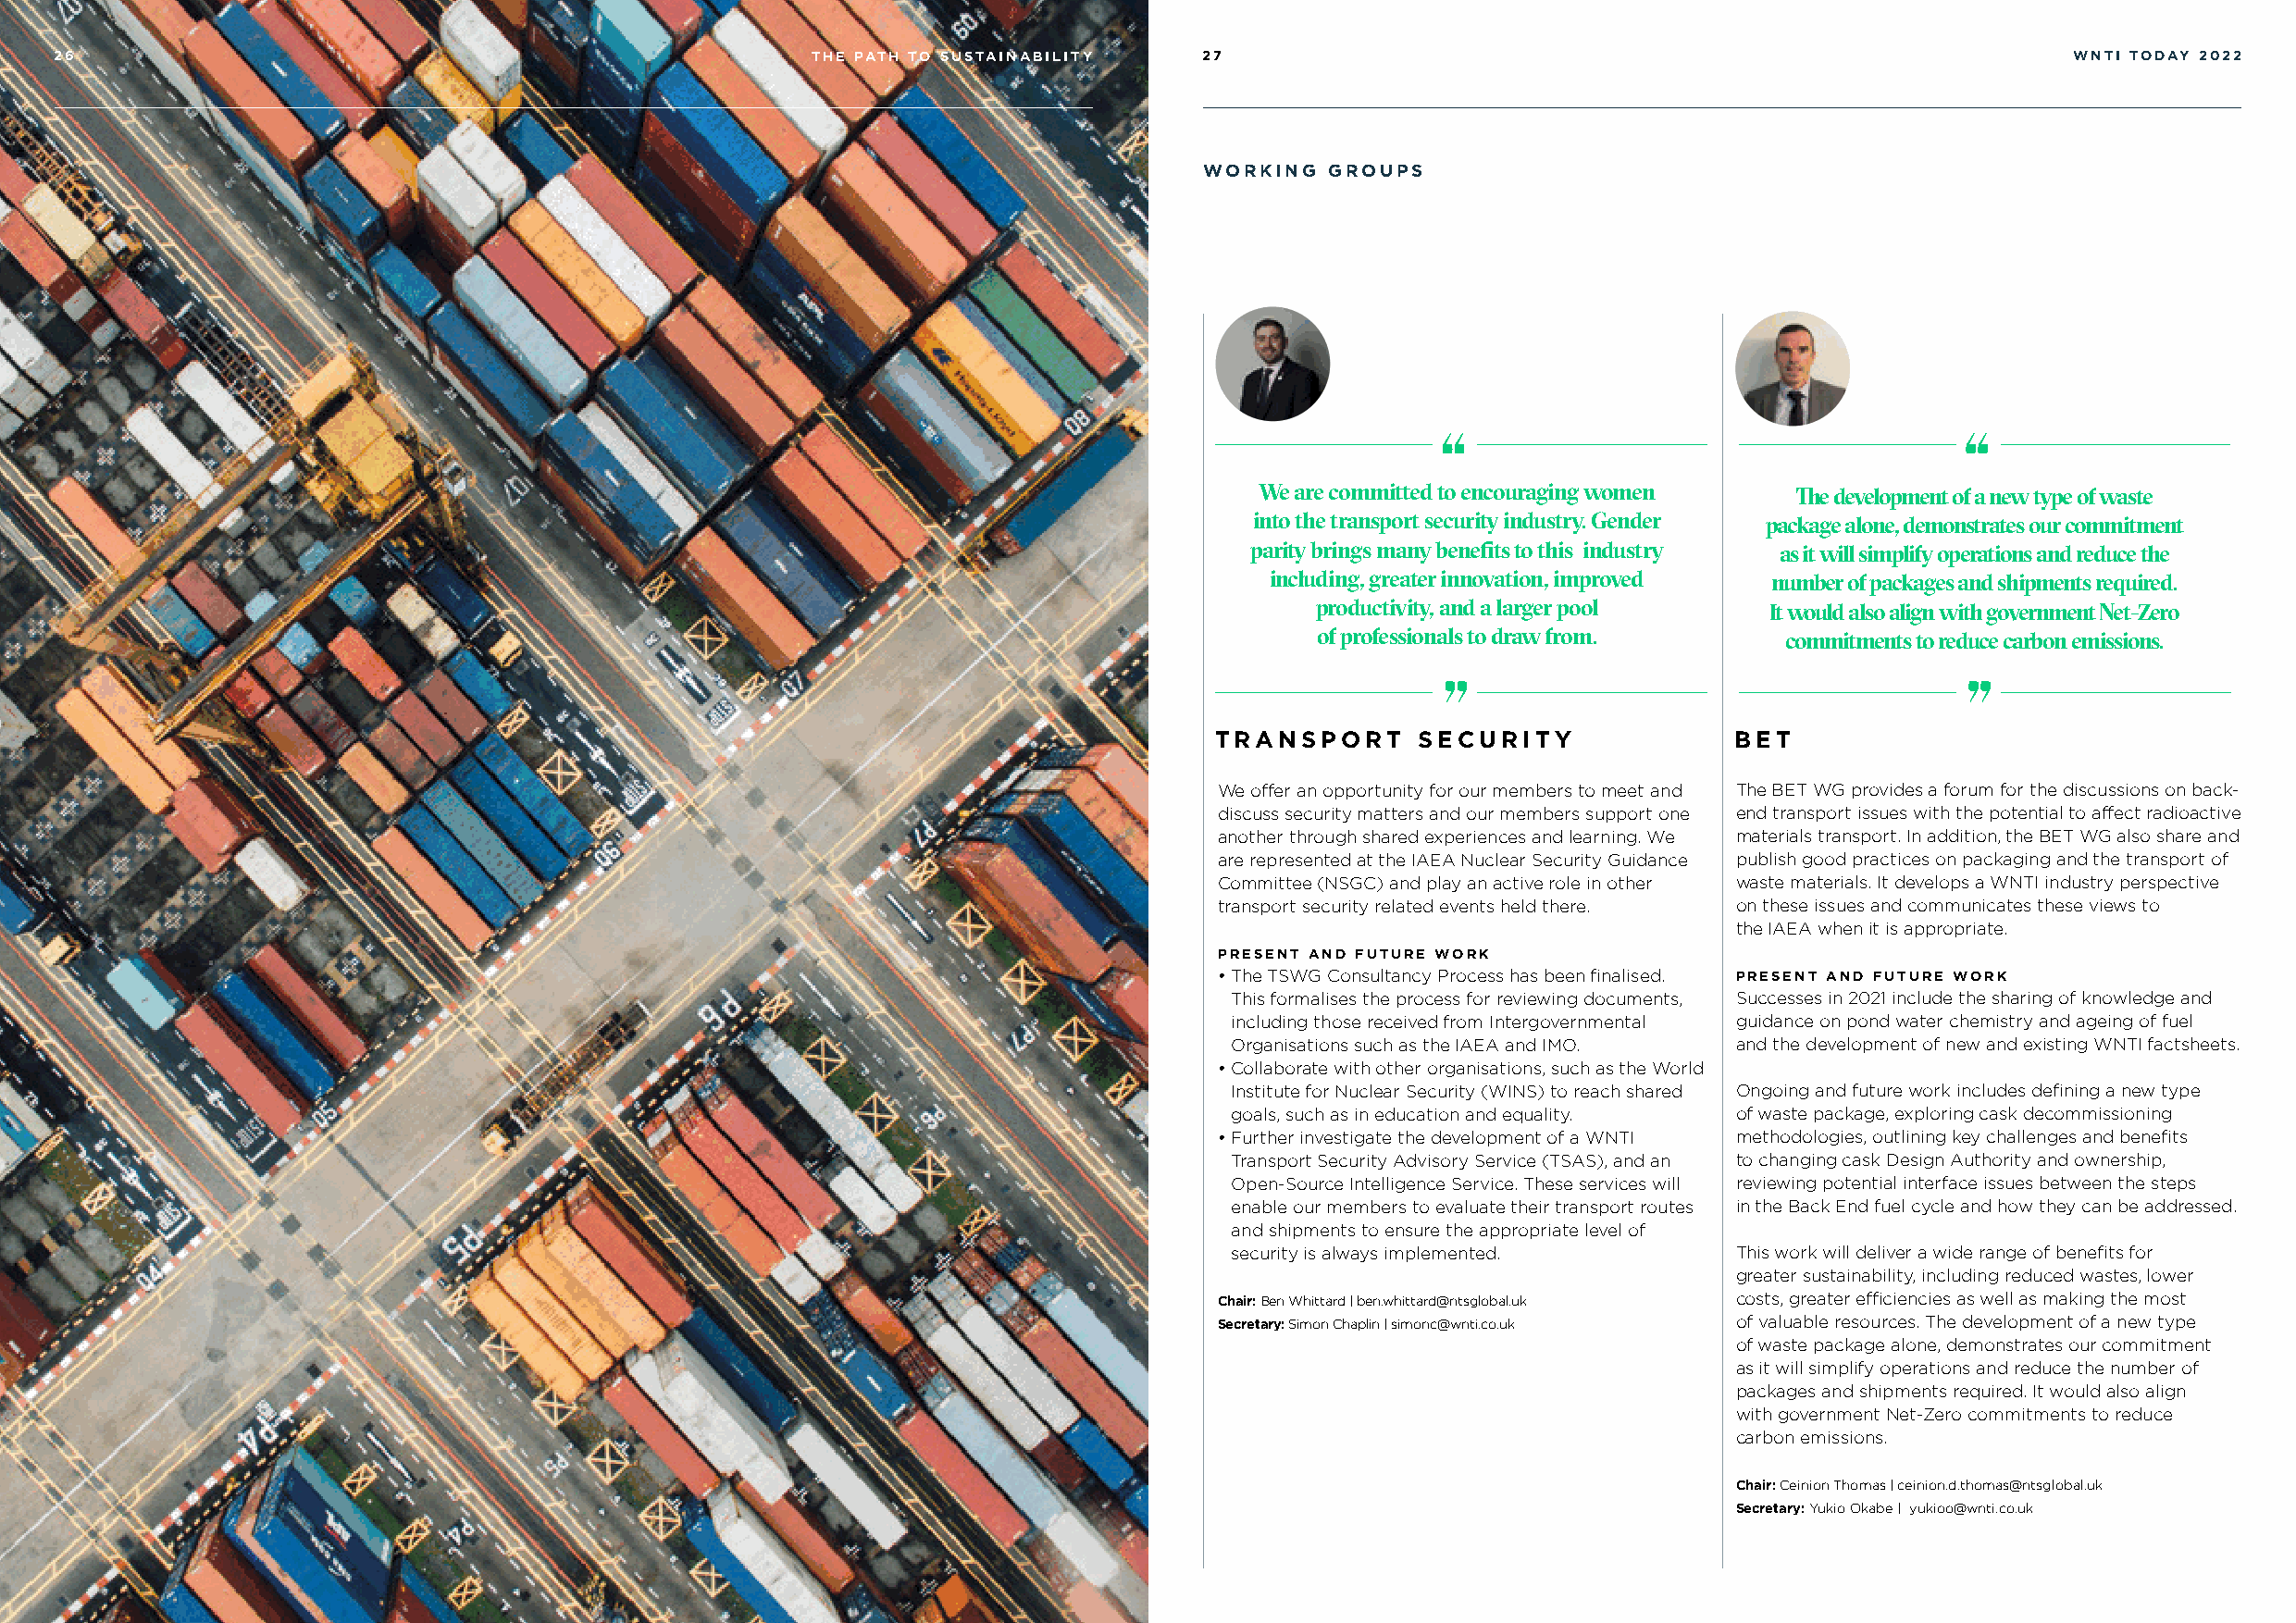
26                                                    THE PATH TO SUSTAINABILITY  27                                                            WNTI TODAY 2022
 WORKING  GROUPS
 We are committed to encouraging women The development of a new type of waste
 into the transport security industry. Gender package alone, demonstrates our commitment
 parity brings many benefits to this industry as it will simplify operations and reduce the
 including, greater innovation, improved number of packages and shipments required.
 productivity, and a larger pool  It would also align with government Net-Zero
 of professionals to draw from.    commitments to reduce carbon emissions.
 TRANSPORT     SECURITY               BET
 We offer an opportunity for our members to meet and The BET WG provides a forum for the discussions on back-
 discuss security matters and our members support one end transport issues with the potential to affect radioactive
 another through shared experiences and learning. We materials transport. In addition, the BET WG also share and
 are represented at the IAEA Nuclear Security Guidance publish good practices on packaging and the transport of
 Committee (NSGC) and play an active role in other waste materials. It develops a WNTI industry perspective
 transport security related events held there. on these issues and communicates these views to
 the IAEA when it is appropriate.
 PRESENT AND FUTURE WORK
 • The TSWG Consultancy Process has been finalised. PRESENT AND FUTURE WORK
 This formalises the process for reviewing documents, Successes in 2021 include the sharing of knowledge and
 including those received from Intergovernmental guidance on pond water chemistry and ageing of fuel
 Organisations such as the IAEA and IMO. and the development of new and existing WNTI factsheets.
 • Collaborate with other organisations, such as the World
 Institute for Nuclear Security (WINS) to reach shared Ongoing and future work includes defining a new type
 goals, such as in education and equality. of waste package, exploring cask decommissioning
 • Further investigate the development of a WNTI methodologies, outlining key challenges and benefits
 Transport Security Advisory Service (TSAS), and an to changing cask Design Authority and ownership,
 Open-Source Intelligence Service. These services will reviewing potential interface issues between the steps
 enable our members to evaluate their transport routes in the Back End fuel cycle and how they can be addressed.
 and shipments to ensure the appropriate level of
 security is always implemented.     This work will deliver a wide range of benefits for
 greater sustainability, including reduced wastes, lower
 Chair: Ben Whittard | ben.whittard@ntsglobal.uk costs, greater efficiencies as well as making the most
 Secretary: Simon Chaplin | simonc@wnti.co.uk of valuable resources. The development of a new type
 of waste package alone, demonstrates our commitment
 as it will simplify operations and reduce the number of
 packages and shipments required. It would also align
 with government Net-Zero commitments to reduce
 carbon emissions.
 Chair: Ceinion Thomas | ceinion.d.thomas@ntsglobal.uk
 Secretary: Yukio Okabe | yukioo@wnti.co.uk